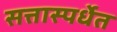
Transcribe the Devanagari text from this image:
सत्तास्पर्धेत